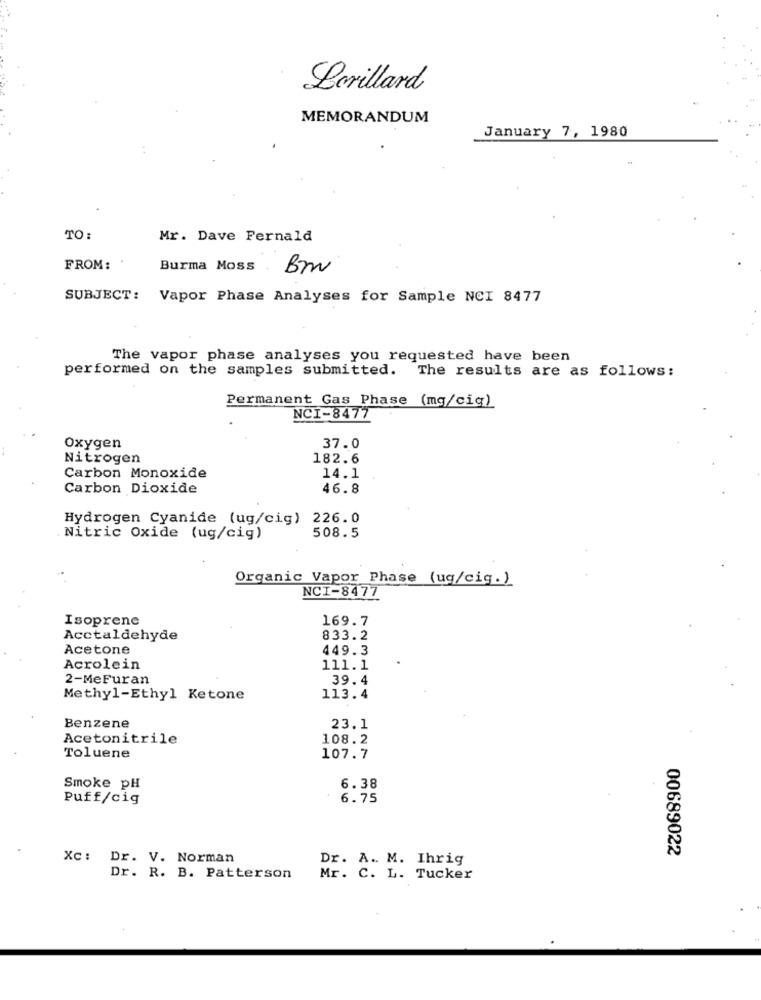
Lorillard
MEMORANDUM
January 7, 1980
TO:
Mr. Dave Fernald
FROM: .
Burma Moss
Bm
SUBJECT: Vapor Phase Analyses for Sample NCI 8477
The vapor phase analyses you requested have been
performed on the samples submitted. The results are as follows:
Permanent Gas Phase (mg/cig)
NCI-8477
Oxygen
37.0
Nitrogen
182.6
Carbon Monoxide
14.1
Carbon Dioxide
46.8
Hydrogen Cyanide (ug/cig) 226.0
508.5
Nitric Oxide (ug/cig)
Organic Vapor Phase (ug/cig.)
NCI-8477
Isoprene
169.7
Acctaldehyde
833.2
Acetone
449.3
Acrolein
111.1
2-MeFuran
39.4
Methyl-Ethyl Ketone
113.4
Benzene
23.1
Acetonitrile
108.2
Toluene
107.7
Smoke pH
6.38
Puff/cig
6.75
00689022
Xc: Dr. V. Norman
Dr. A .. M. Ihrig
Dr. R. B. Patterson
Mr. C. L. Tucker